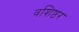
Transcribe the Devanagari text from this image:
वशिष्ठर